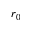
r _ { 0 }